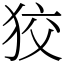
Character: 狡